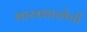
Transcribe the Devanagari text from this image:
शास्त्रशाखेची